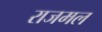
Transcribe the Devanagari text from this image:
राजमल